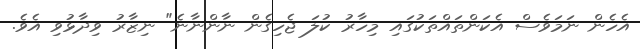
އެހެން ނަމަވެސް އެކަންތައްތަކުގައި މިހާރު ކުލަ ޖެހިގެން ނާންނާނެ" ނިޒާރު ވިދާޅުވި އެވެ.